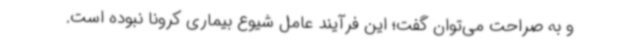
و به صراحت می‌توان گفت؛ این فرآیند عامل شیوع بیماری کرونا نبوده است.